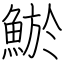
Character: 鯲